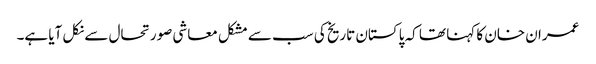
عمران خان کا کہنا تھا کہ پاکستان تاریخ کی سب سے مشکل معاشی صورتحال سے نکل آیا ہے۔